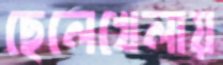
ছেলেখেলায়